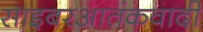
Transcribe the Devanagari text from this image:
साइबरआतंकवादी